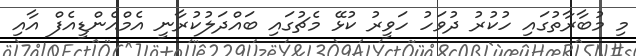
މި މުބާރާތުގައި ހުކުރު ދުވަހު ހަވީރު ކުޅޭ މެޗުގައި ބައްދަލުކުރާނީ އެމްއެންޑީއެފް އާއި